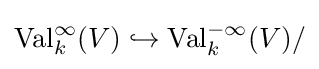
\operatorname {Val} _{k}^{\infty }(V)\hookrightarrow \operatorname {Val} _{k}^{-\infty }(V)/